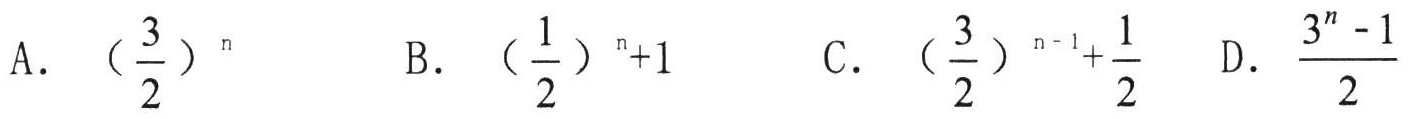
A. \( \left(\frac{3}{2}\right)^n \)
B. \( \left(\frac{1}{2}\right)^{n + 1} \)
C. \( \left(\frac{3}{2}\right)^{n - 1}+\frac{1}{2} \)
D. \( \frac{3^n - 1}{2} \)